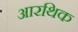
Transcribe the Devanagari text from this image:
आरथिक